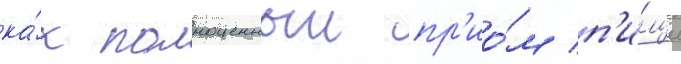
ка́к полноценныи пр'ио́м п'и́щи